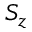
S _ { z }